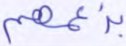
بزعمهم